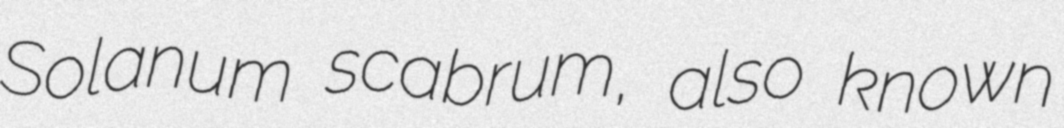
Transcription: Solanum scabrum, also known